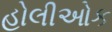
હોલીઓક